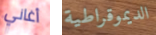
أغاني الديموقراطية